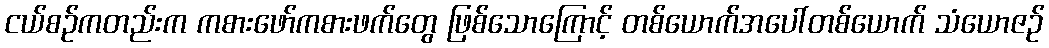
ငယ်စဉ်ကတည်းက ကစားဖော်ကစားဖက်တွေ ဖြစ်သောကြောင့် တစ်ယောက်အပေါ်တစ်ယောက် သံယောဇဉ်